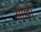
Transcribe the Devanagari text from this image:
ओल्ली